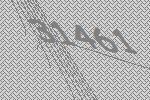
31461